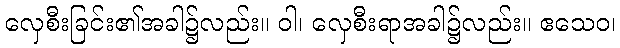
လှေစီးခြင်း၏အခါ၌လည်း။ ဝါ၊ လှေစီးရာအခါ၌လည်း။ ဧသေဝ၊